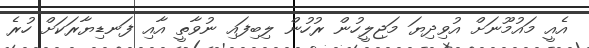
އެއީ މައުމޫނަށް އުވިދިޔަ މަޖިލީހުން ރުހުން ލިބިފައި ނުވާތީ އާއި ފަނޑިޔާރަކަށް ހުރެ